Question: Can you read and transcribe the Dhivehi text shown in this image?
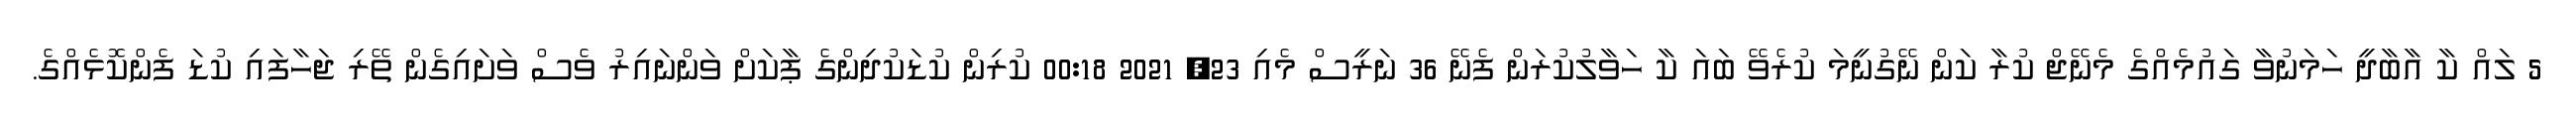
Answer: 5 ލައް ކާ އާބާދީ ހަމަނުވާ ގައުމެއްގެ މެނޭޖް ކުރާ ކަން ނޭގުނީމަ ކުރެވޭ ބައަ ކާ ހަވާލުކުރަން ފެނޭ 36 ނަރީސް މެއި 23, 2021 00:18 ކުރިން ކުޑަކުދިންގެ ޕާކަށް ވަންނައިރު ވެސް ވަށައިގެން ތޭރި ޖަހާފައި ކުޑަ ފެންކޮޅެއްގެ.